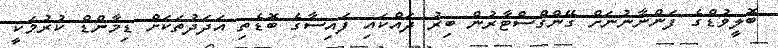
ބޮލީވުޑްގެ ފަންނާނުނަށް ގޭންގްސްޓާރުން ބިރު ދައްކައި ފައިސާގެ ބޮޑެތި އަދަދުތަކަށް ޑިމާންޑް ކުރުމަކީ